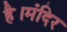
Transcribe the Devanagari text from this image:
है।मंदिर